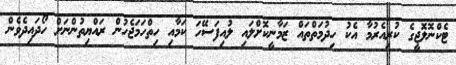
ޓެކްނޮލޮޖީގެ ކުރިއެރުމާ އެކު ހިދުމަތްތައް ޒަމާނީކޮށްލައި ލުއިފަސޭހަ ކަމާއި ހިތްހަމަޖެހުން ރައްޔިތުންނަށް ހޯދައިދެވެން